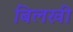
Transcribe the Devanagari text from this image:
बिलखी